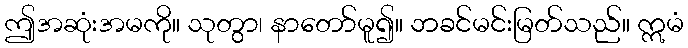
ဤအဆုံးအမကို။ သုတွာ၊ နာတော်မူ၍။ ဘခင်မင်းမြတ်သည်။ ဣမံ